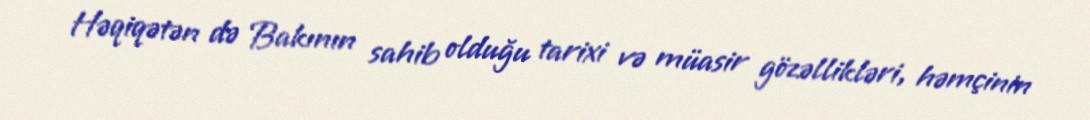
Həqiqətən də Bakının sahib olduğu tarixi və müasir gözəllikləri, həmçinin